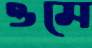
ওমে